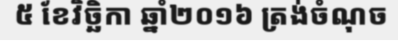
៥ ខែវិច្ឆិកា ឆ្នាំ២០១៦ ត្រង់ចំណុច